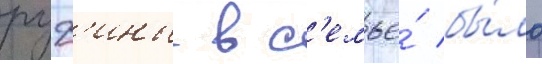
руф'ины в с'емье́ бы́ло